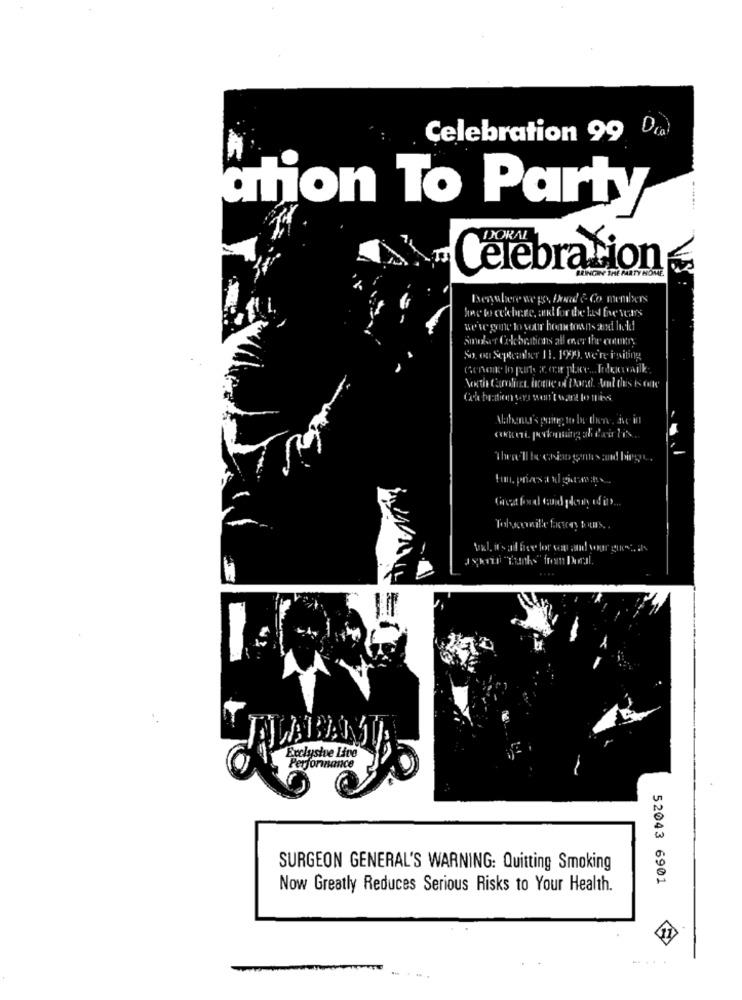
Dra
Celebration 99
ation To Party
DORAL
Celebration
BRINGIN THE PARTY HOME.
Benuhere we go, bond & Co members
we've gone to your hometownts and liel
Smakar Celebrations all ener the cotten.
So on September 1B. 1999. we're isiting
Coa bration og won't want to Ines.
Alabany's going to be theone, ive in
Tabscouille fairey bous ..
vxl. it's all free for you and your good, as
SURGEON GENERAL'S WARNING: Quitting Smoking
52043 6901
Now Greatly Reduces Serious Risks to Your Health.